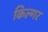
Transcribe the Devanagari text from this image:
किल्‍गर